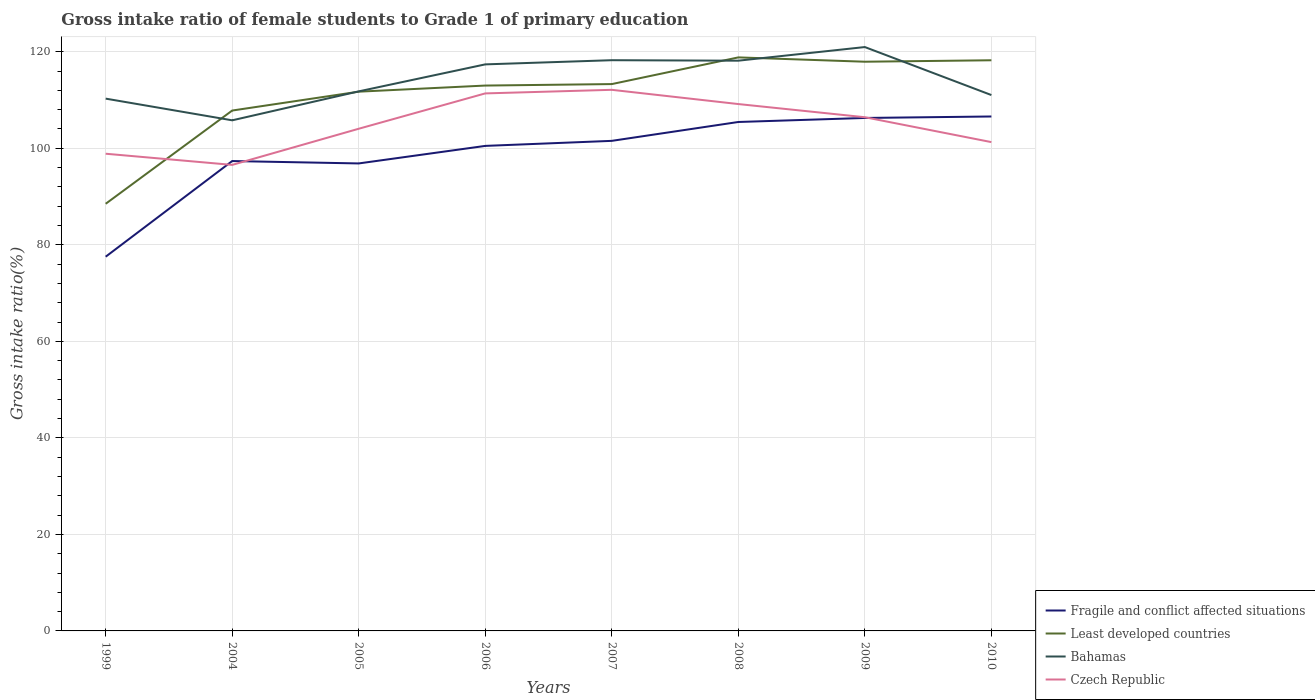
| Years | Fragile and conflict affected situations | Least developed countries | Bahamas | Czech Republic |
 | --- | --- | --- | --- | --- |
 | 1999 | 77.5 | 88.5 | 110 | 98.9 |
 | 2004 | 97.4 | 108 | 106 | 96.6 |
 | 2005 | 96.9 | 112 | 112 | 104 |
 | 2006 | 100 | 113 | 117 | 111 |
 | 2007 | 102 | 113 | 118 | 112 |
 | 2008 | 105 | 119 | 118 | 109 |
 | 2009 | 106 | 118 | 121 | 106 |
 | 2010 | 107 | 118 | 111 | 101 |